Scottish Certificate of Education, 1963
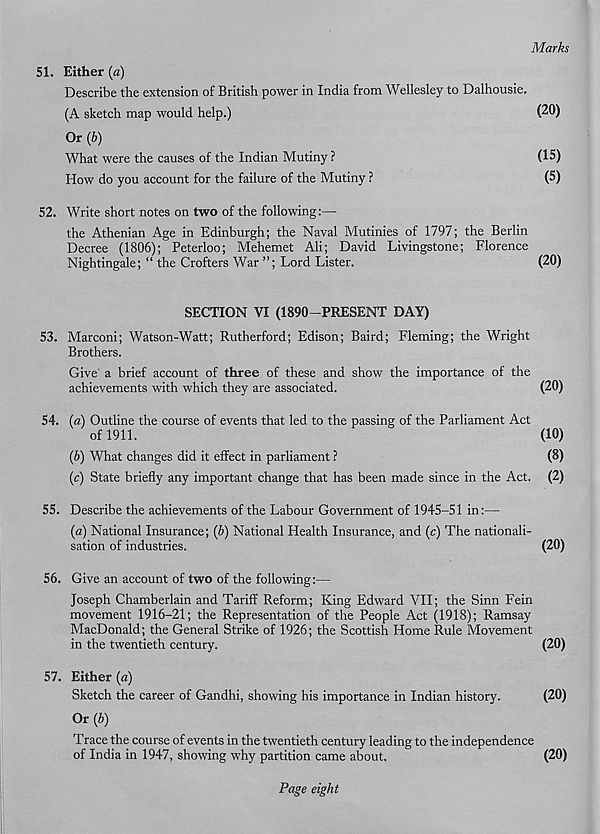
Marks
51. Either [a)
Describe the extension of British power in India from Wellesley to Dalhousie.
(A sketch map would help.)
(20)
Or (6)
What were the causes of the Indian Mutiny ?
(15)
How do you account for the failure of the Mutiny ?
(5)
52. Write short notes on two of the following:—
the Athenian Age in Edinburgh; the Naval Mutinies of 1797; the Berlin
Decree (1806); Peterloo; Mehemet Ali; David Livingstone; Florence
Nightingale; “ the Crofters War ”; Lord Lister.
(20)
SECTION VI (1890-PRESENT DAY)
53. Marconi; Watson-Watt; Rutherford; Edison; Baird; Fleming; the Wright
Brothers.
Give a brief account of three of these and show the importance of the
achievements with which they are associated.
(20)
54. (a) Outline the course of events that led to the passing of the Parliament Act
of 1911.
(10)
{b) What changes did it effect in parliament ?
(8)
(c) State briefly any important change that has been made since in the Act. (2)
55. Describe the achievements of the Labour Government of 1945-51 in:—
(a) National Insurance; {b) National Health Insurance, and (c) The nationali-
sation of industries.
(20)
56. Give an account of two of the following:—
Joseph Chamberlain and Tariff Reform; King Edward VII; the Sinn Fein
movement 1916-21; the Representation of the People Act (1918); Ramsay
MacDonald; the General Strike of 1926; the Scottish Home Rule Movement
in the twentieth century.
(20)
57. Either (a)
Sketch the career of Gandhi, showing his importance in Indian history.
(20)
Or {b)
Trace the course of events in the twentieth century leading to the independence
of India in 1947, showing why partition came about.
(20)
Page eight